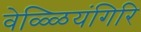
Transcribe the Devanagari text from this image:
वेळ्ळियंगिरि